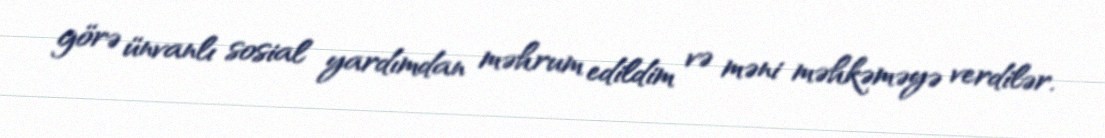
görə ünvanlı sosial yardımdan məhrum edildim və məni məhkəməyə verdilər.